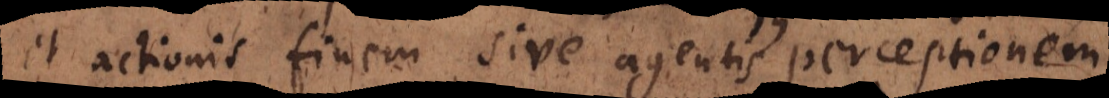
et actionis finem sive agentis perceptionem.